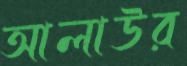
আলাউর